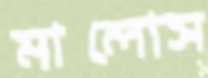
মালোস